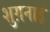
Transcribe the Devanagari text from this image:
शुग़नाई